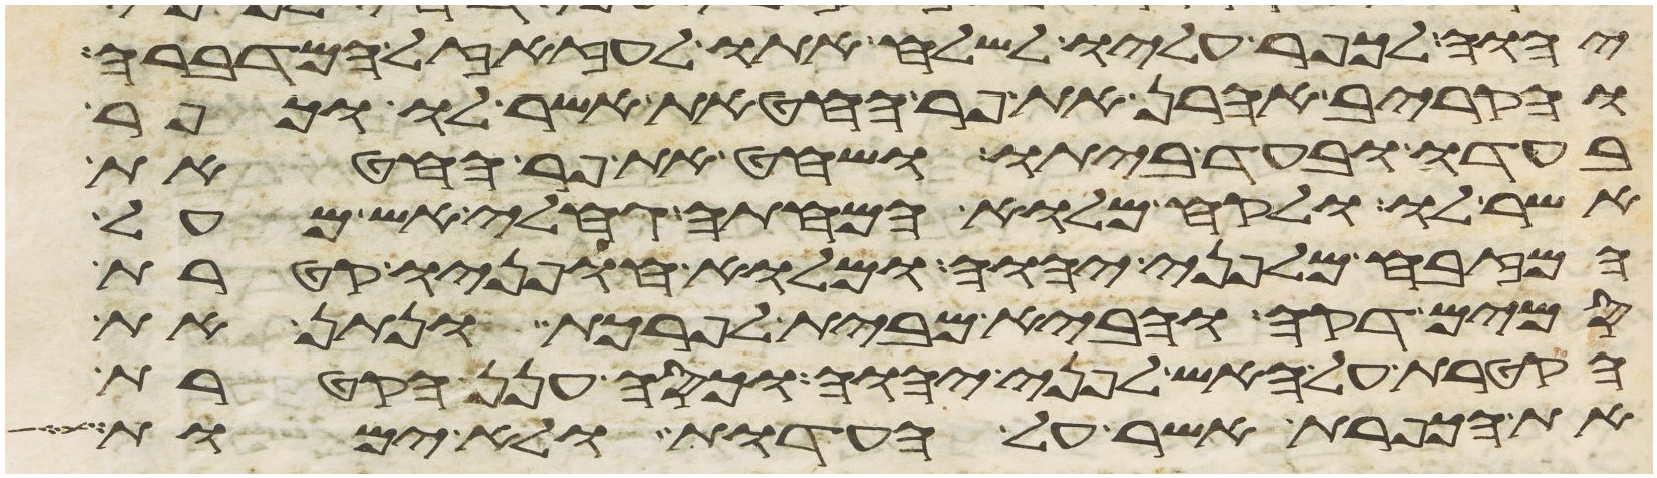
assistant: יהוה לכפר עליו לשלח אתו לעזזאל המדברה
והקריב אהרן את פר החטאת אשר לו וכפר
בעדו ובעד ביתו ושחט את פר החטאת
אשר לו ולקח מלוא המחתה גחלי אש מעל
המזבח מלפני יהוה ומלוא חפניו קטרת
סמים דקה והביא מבית לפרכת ונתן את
הקטרת על האש לפני יהוה וכסה ענן הקטרת
את הכפרת אשר על העדות ולא ימות